Civil Veterinary Dept. Bombay admin report 1932-41 - 1932-1941
Year: 1932
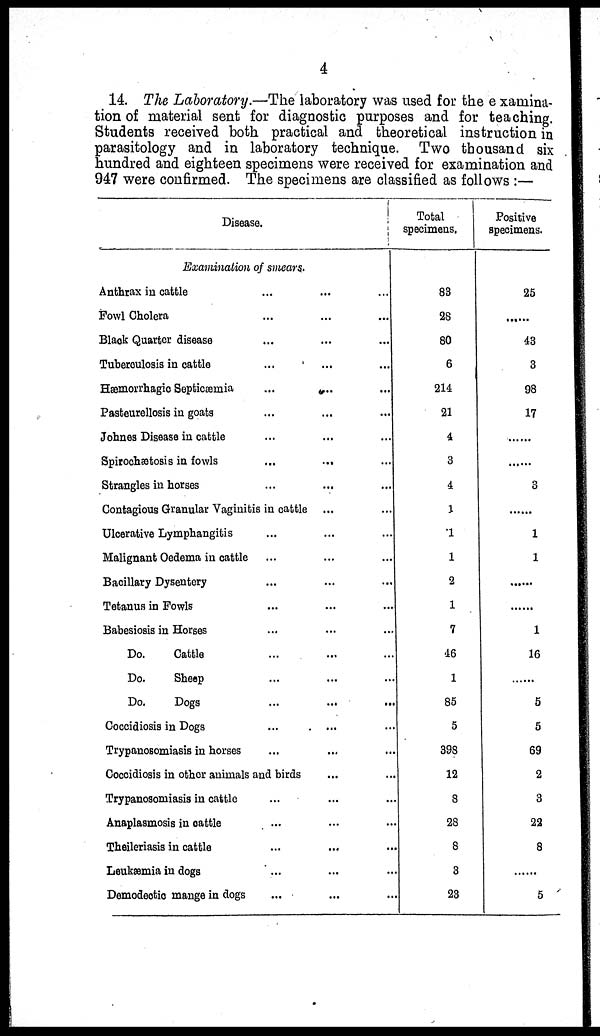
4
14. The Laboratory.—The laboratory was used for the examina-
tion of material sent for diagnostic purposes and for teaching.
Students received both practical and theoretical instruction in
parasitology and in laboratory technique. Two thousand six
hundred and eighteen specimens were received for examination and
947 were confirmed. The specimens are classified as follows :—
Disease.
Examination of smears.
Anthrax in cattle ... ... ...
Fowl Cholera ... ... ...
Black Quarter disease ... ... ...
Tuberculosis in cattle ... ... ...
Hæmorrhagio Septicæmia ... ... ...
Pasteurellosis in goats ... ... ...
Johnes Disease in cattle ... ... ...
Spirochætosis in fowls
...
...
...
Strangles in horses ... ... ...
Contagious Granular Vaginitis in cattle ... ...
Ulcerative Lymphangitis ... ... ...
Malignant Oedema in cattle ... ... ...
Bacillary Dysentery ... ... ...
Tetanus in Fowls ... ... ...
Babesiosis in Horses ... ... ...
Do.
Cattle ... ... ...
Do.
Sheep ... ... ...
Do.
Dogs ... ... ...
Coccidiosis in Dogs ... ... ...
Trypanosomiasis in horses ... ... ...
Coccidiosis in other animals and birds ... ... ...
Trypanosomiasis in cattle ... ... ...
Anaplasmosis in cattle ... ... ...
Theileriasis in cattle ... ... ...
Leukæmia in dogs ... ... ...
Demodectic mange in dogs ... ... ...
Total
specimens.
83
28
80
6
214
21
4
3
4
1
1
1
2
1
7
46
1
85
5
398
12
8
28
8
3
23
Positive
specimens.
25
......
43
3
98
17
......
......
3
... ...
1
1
... ...
... ...
1
16
... ...
5
5
69
2
3
22
8
... ...
5